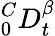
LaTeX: ^C_{0}D_{t}^{\beta}